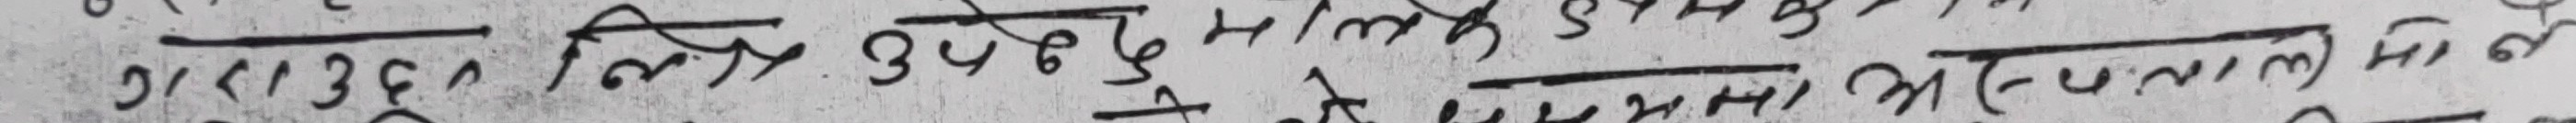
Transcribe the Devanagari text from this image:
ग१३६ लिए उपढुंढे हाल्मे शामा मो नामले